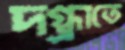
দগ্ধাতে